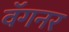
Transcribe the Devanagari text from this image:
वॅगनर